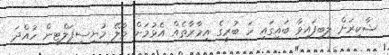
ޝާކިރަށް ލިބިފައިވާ ބައިގައި ހަ ބުރީގެ އިމާރާތެއް އެޅުމަށް މާލޭ މުނިސިޕަލްޓީން ހުއްދަ